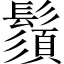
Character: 鬚